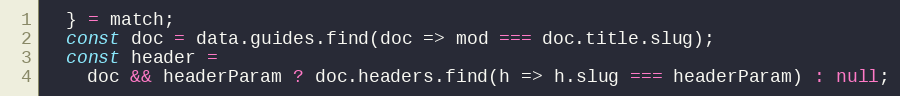
Language: JavaScript
  } = match;
  const doc = data.guides.find(doc => mod === doc.title.slug);
  const header =
    doc && headerParam ? doc.headers.find(h => h.slug === headerParam) : null;